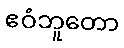
ဧဝံဘူတော